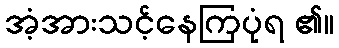
အံ့အားသင့်နေကြပုံရ ၏။